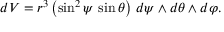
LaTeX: d V = r ^ { 3 } \left( \sin ^ { 2 } \psi \, \sin \theta \right) \, d \psi \wedge d \theta \wedge d \varphi .